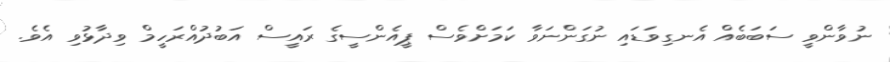
ނުވާންވީ ސަބަބެއް އެނގިވަޑައި ނުގަންނަވާ ކަމަށްވެސް ޕީއެންސީގެ ރައީސް އަބުދުއްރަހީމް ވިދާޅުވި އެވެ.